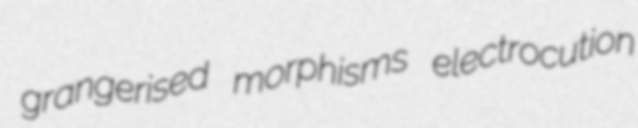
grangerised morphisms electrocution